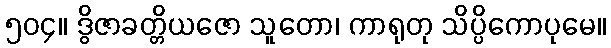
၅၀၄။ ဒွိဇာခတ္တိယဇော သူတော၊ ကာရုတု သိပ္ပိကောပုမေ။